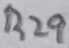
Text: R29